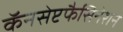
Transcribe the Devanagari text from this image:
कॅनसेप्टफैसिनेशन